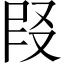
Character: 𪠪